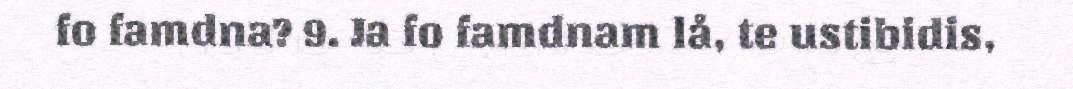
fo famdna? 9. Ja fo famdnam lå, te ustibidis,